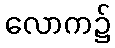
လောက၌